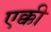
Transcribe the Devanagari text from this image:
एक्की